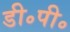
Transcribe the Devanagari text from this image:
डी॰पी॰